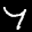
Label: 7